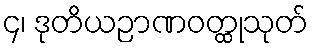
၄၊ ဒုတိယဉာဏဝတ္ထုသုတ်